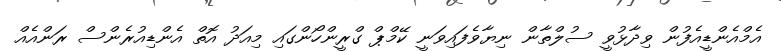
އެމްއެންޑީއެފުން ވިދާޅުވީ ސުލްތާން ނިޔާވެފައިވަނީ ކޭމްޕް ގްރީންހޯންގައި މިއަދު އޮތް އެންޑިއުރެންސް ރަންއެއް